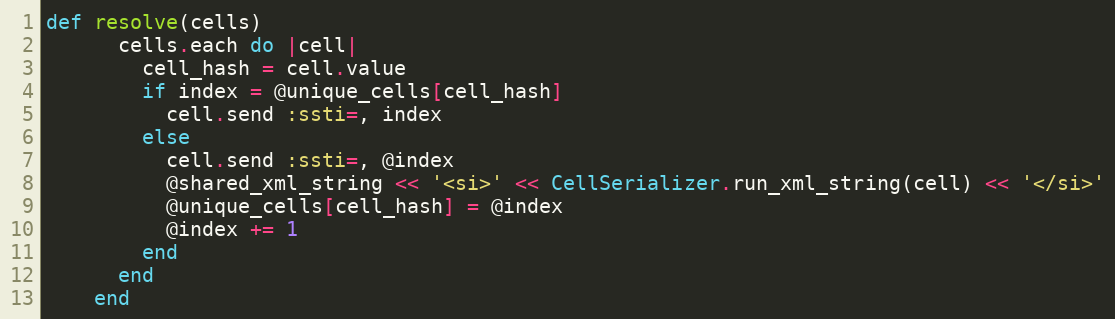
Language: Ruby
def resolve(cells)
      cells.each do |cell|
        cell_hash = cell.value
        if index = @unique_cells[cell_hash]
          cell.send :ssti=, index
        else
          cell.send :ssti=, @index
          @shared_xml_string << '<si>' << CellSerializer.run_xml_string(cell) << '</si>'
          @unique_cells[cell_hash] = @index
          @index += 1
        end
      end
    end